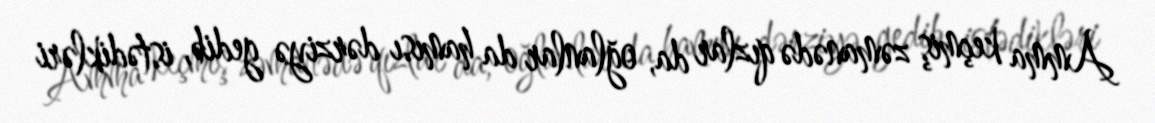
Amma keçmiş zəmanədə qızlar da, oğlanlar da hamısı dərziyə gedib, istədikləri